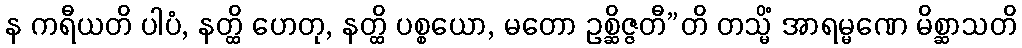
န ကရီယတိ ပါပံ, နတ္ထိ ဟေတု, နတ္ထိ ပစ္စယော, မတော ဥစ္ဆိဇ္ဇတီ”တိ တသ္မိံ အာရမ္မဏေ မိစ္ဆာသတိ